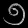
Digit: ၅